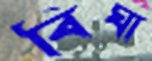
বিঘা